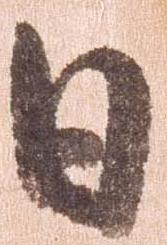
日